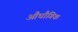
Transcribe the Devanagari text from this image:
औघौगिक